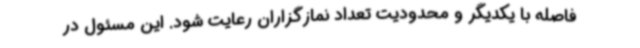
فاصله با یکدیگر و محدودیت تعداد نمازگزاران رعایت شود. این مسئول در